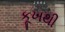
કૂખથી